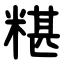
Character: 糂